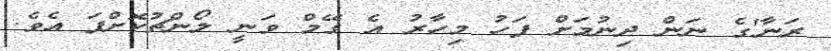
ރަނާ'ގެ ނަން ދިނުމަށް ފަހު މިހާރު އެ ގޭމް ވަނީ ލޯންޗުކޮށްފަ އެވެ.